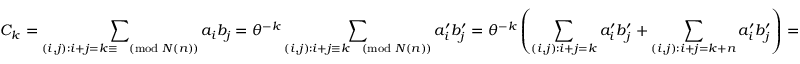
C _ { k } = \sum _ { ( i , j ) : i + j = k \equiv { \pmod { N ( n ) } } } { a _ { i } b _ { j } } = \theta ^ { - k } \sum _ { ( i , j ) : i + j \equiv k { \pmod { N ( n ) } } } { a _ { i } ^ { \prime } b _ { j } ^ { \prime } } = \theta ^ { - k } \left( \sum _ { ( i , j ) : i + j = k } { a _ { i } ^ { \prime } b _ { j } ^ { \prime } } + \sum _ { ( i , j ) : i + j = k + n } { a _ { i } ^ { \prime } b _ { j } ^ { \prime } } \right) =